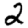
Digit: 2